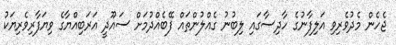
ޖެހެން މެދުވެރިވި އަލިފާނުގެ ހާދިސާގައި ލިބުނު ގެއްލުންތައް ފޭބެއްދުމަށް ސައޫދީ އަރަބިއްޔާގެ ވިޔަފާރިވެރިޔަކު